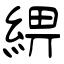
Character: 綥